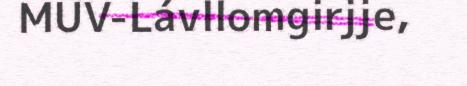
MUV-Lávllomgirjje,